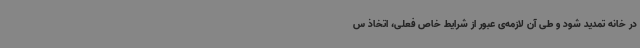
در خانه تمدید شود و طی آن لازمه‌ی عبور از شرایط خاص فعلی، اتخاذ س